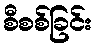
စီစစ်ခြင်း